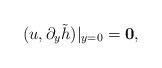
LaTeX: \begin{align*}(u, \partial_{y}\tilde{h})|_{y=0}=\bf{0},\end{align*}